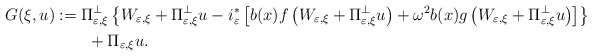
\begin{align*}G(\xi,u) & :=\Pi_{\varepsilon,\xi}^{\perp}\left\{ W_{\varepsilon,\xi}+\Pi_{\varepsilon,\xi}^{\perp}u-i_{\varepsilon}^{\ast}\left[ b(x)f\left(W_{\varepsilon,\xi}+\Pi_{\varepsilon,\xi}^{\perp}u\right) +\omega^{2}b(x)g\left( W_{\varepsilon,\xi}+\Pi_{\varepsilon,\xi}^{\perp}u\right)\right] \right\} \\& \qquad+\Pi_{\varepsilon,\xi}u.\end{align*}